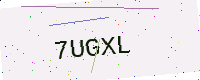
Text: 7UGXL